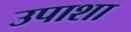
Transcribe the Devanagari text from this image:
उपाशा